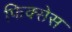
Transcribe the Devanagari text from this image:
फिक्सेस